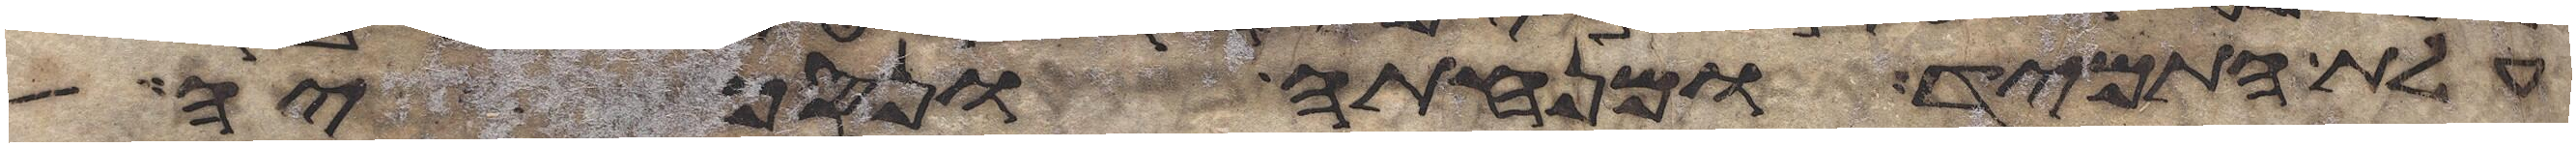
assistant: עלת התמיד ומנחתה ונסכיה